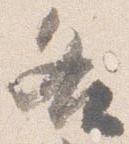
各